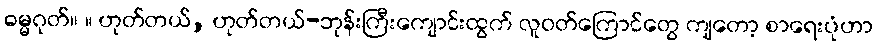
ဓမ္မဂုတ်။ ။ ဟုတ်တယ်, ဟုတ်တယ်-ဘုန်းကြီးကျောင်းထွက် လူဝတ်ကြောင်တွေ ကျတော့ စာရေးပုံဟာ